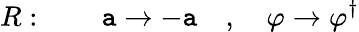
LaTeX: R:\qquad\mathtt{a}\rightarrow-\mathtt{a}\quad,\quad\varphi\rightarrow\varphi^{\dagger}